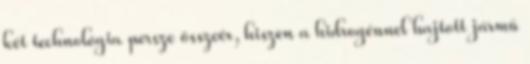
két technológia persze összeér, hiszen a hidrogénnel hajtott jármű